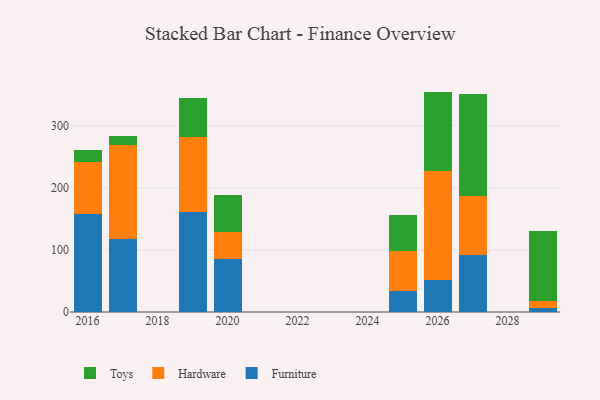
{"axis": {"x": "Year", "y": "Customer Acquisition Cost (USD)"}, "legend": ["Furniture", "Hardware", "Toys"], "data": [{"x": "2026", "y": 51.1, "type": "Furniture"}, {"x": "2026", "y": 176.0, "type": "Hardware"}, {"x": "2026", "y": 127.6, "type": "Toys"}, {"x": "2029", "y": 6.1, "type": "Furniture"}, {"x": "2029", "y": 11.6, "type": "Hardware"}, {"x": "2029", "y": 112.7, "type": "Toys"}, {"x": "2017", "y": 116.7, "type": "Furniture"}, {"x": "2017", "y": 152.4, "type": "Hardware"}, {"x": "2017", "y": 14.5, "type": "Toys"}, {"x": "2020", "y": 85.5, "type": "Furniture"}, {"x": "2020", "y": 43.3, "type": "Hardware"}, {"x": "2020", "y": 60.2, "type": "Toys"}, {"x": "2019", "y": 160.8, "type": "Furniture"}, {"x": "2019", "y": 120.3, "type": "Hardware"}, {"x": "2019", "y": 63.0, "type": "Toys"}, {"x": "2027", "y": 92.2, "type": "Furniture"}, {"x": "2027", "y": 93.9, "type": "Hardware"}, {"x": "2027", "y": 164.8, "type": "Toys"}, {"x": "2025", "y": 33.9, "type": "Furniture"}, {"x": "2025", "y": 63.8, "type": "Hardware"}, {"x": "2025", "y": 58.1, "type": "Toys"}, {"x": "2016", "y": 158.3, "type": "Furniture"}, {"x": "2016", "y": 83.1, "type": "Hardware"}, {"x": "2016", "y": 20.1, "type": "Toys"}]}